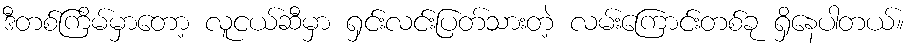
ဒီတစ်ကြိမ်မှာတော့ လူငယ်ဆီမှာ ရှင်းလင်းပြတ်သားတဲ့ လမ်းကြောင်းတစ်ခု ရှိနေပါတယ်။